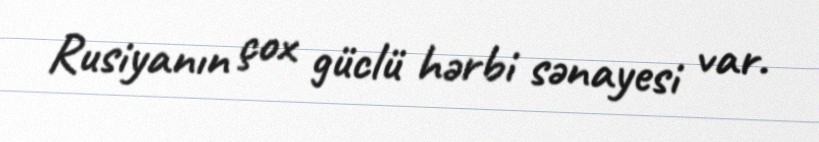
Rusiyanın çox güclü hərbi sənayesi var.